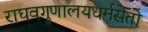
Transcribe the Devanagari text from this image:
राघवगुणालयधर्मसेतो